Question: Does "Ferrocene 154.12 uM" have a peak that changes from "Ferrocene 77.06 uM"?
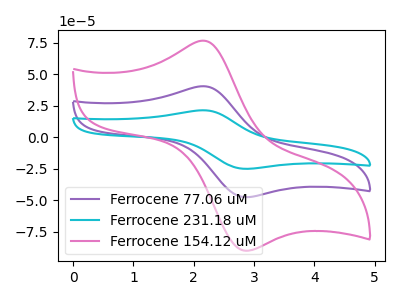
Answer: <think>The purple curve "Ferrocene 77.06 uM" has an anodic peak at (2.15V, 40.50uA) and a cathodic peak at (2.85V, -47.65uA). The cyan curve "Ferrocene 231.18 uM" has an anodic peak at (2.15V, 80.95uA) and a cathodic peak at (2.85V, -95.30uA). The pink curve "Ferrocene 154.12 uM" has an anodic peak at (2.15V, 76.65uA) and a cathodic peak at (2.85V, -90.25uA).
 All the peaks in "Ferrocene 154.12 uM" have a peak in "Ferrocene 77.06 uM" at the same potential. Every peak in "Ferrocene 154.12 uM" is higher than every peak in "Ferrocene 77.06 uM".</think>
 <answer>No, "Ferrocene 154.12 uM" and "Ferrocene 77.06 uM" don't appear to be significantly different in shape</answer>
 <eval>no_change</eval>